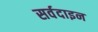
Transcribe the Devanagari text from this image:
सर्वदाइन